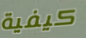
كيفية